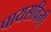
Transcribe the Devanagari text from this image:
पायसविनी